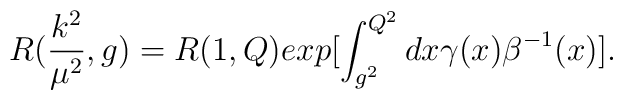
R(\frac{k^2}{{\mu}^2},g) = R(1,Q) exp[\int^{Q^2}_{g^2}dx \gamma(x) {\beta}^{-1}(x)].